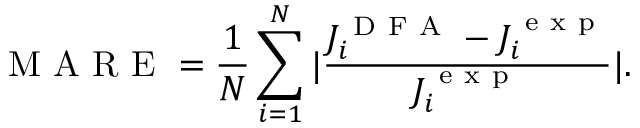
\mathrm { ~ M ~ A ~ R ~ E ~ } = \frac { 1 } { N } \sum _ { i = 1 } ^ { N } | \frac { J _ { i } ^ { \mathrm { ~ D ~ F ~ A ~ } } - J _ { i } ^ { \mathrm { ~ e ~ x ~ p ~ } } } { J _ { i } ^ { \mathrm { ~ e ~ x ~ p ~ } } } | .